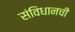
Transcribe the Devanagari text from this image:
संविधानची